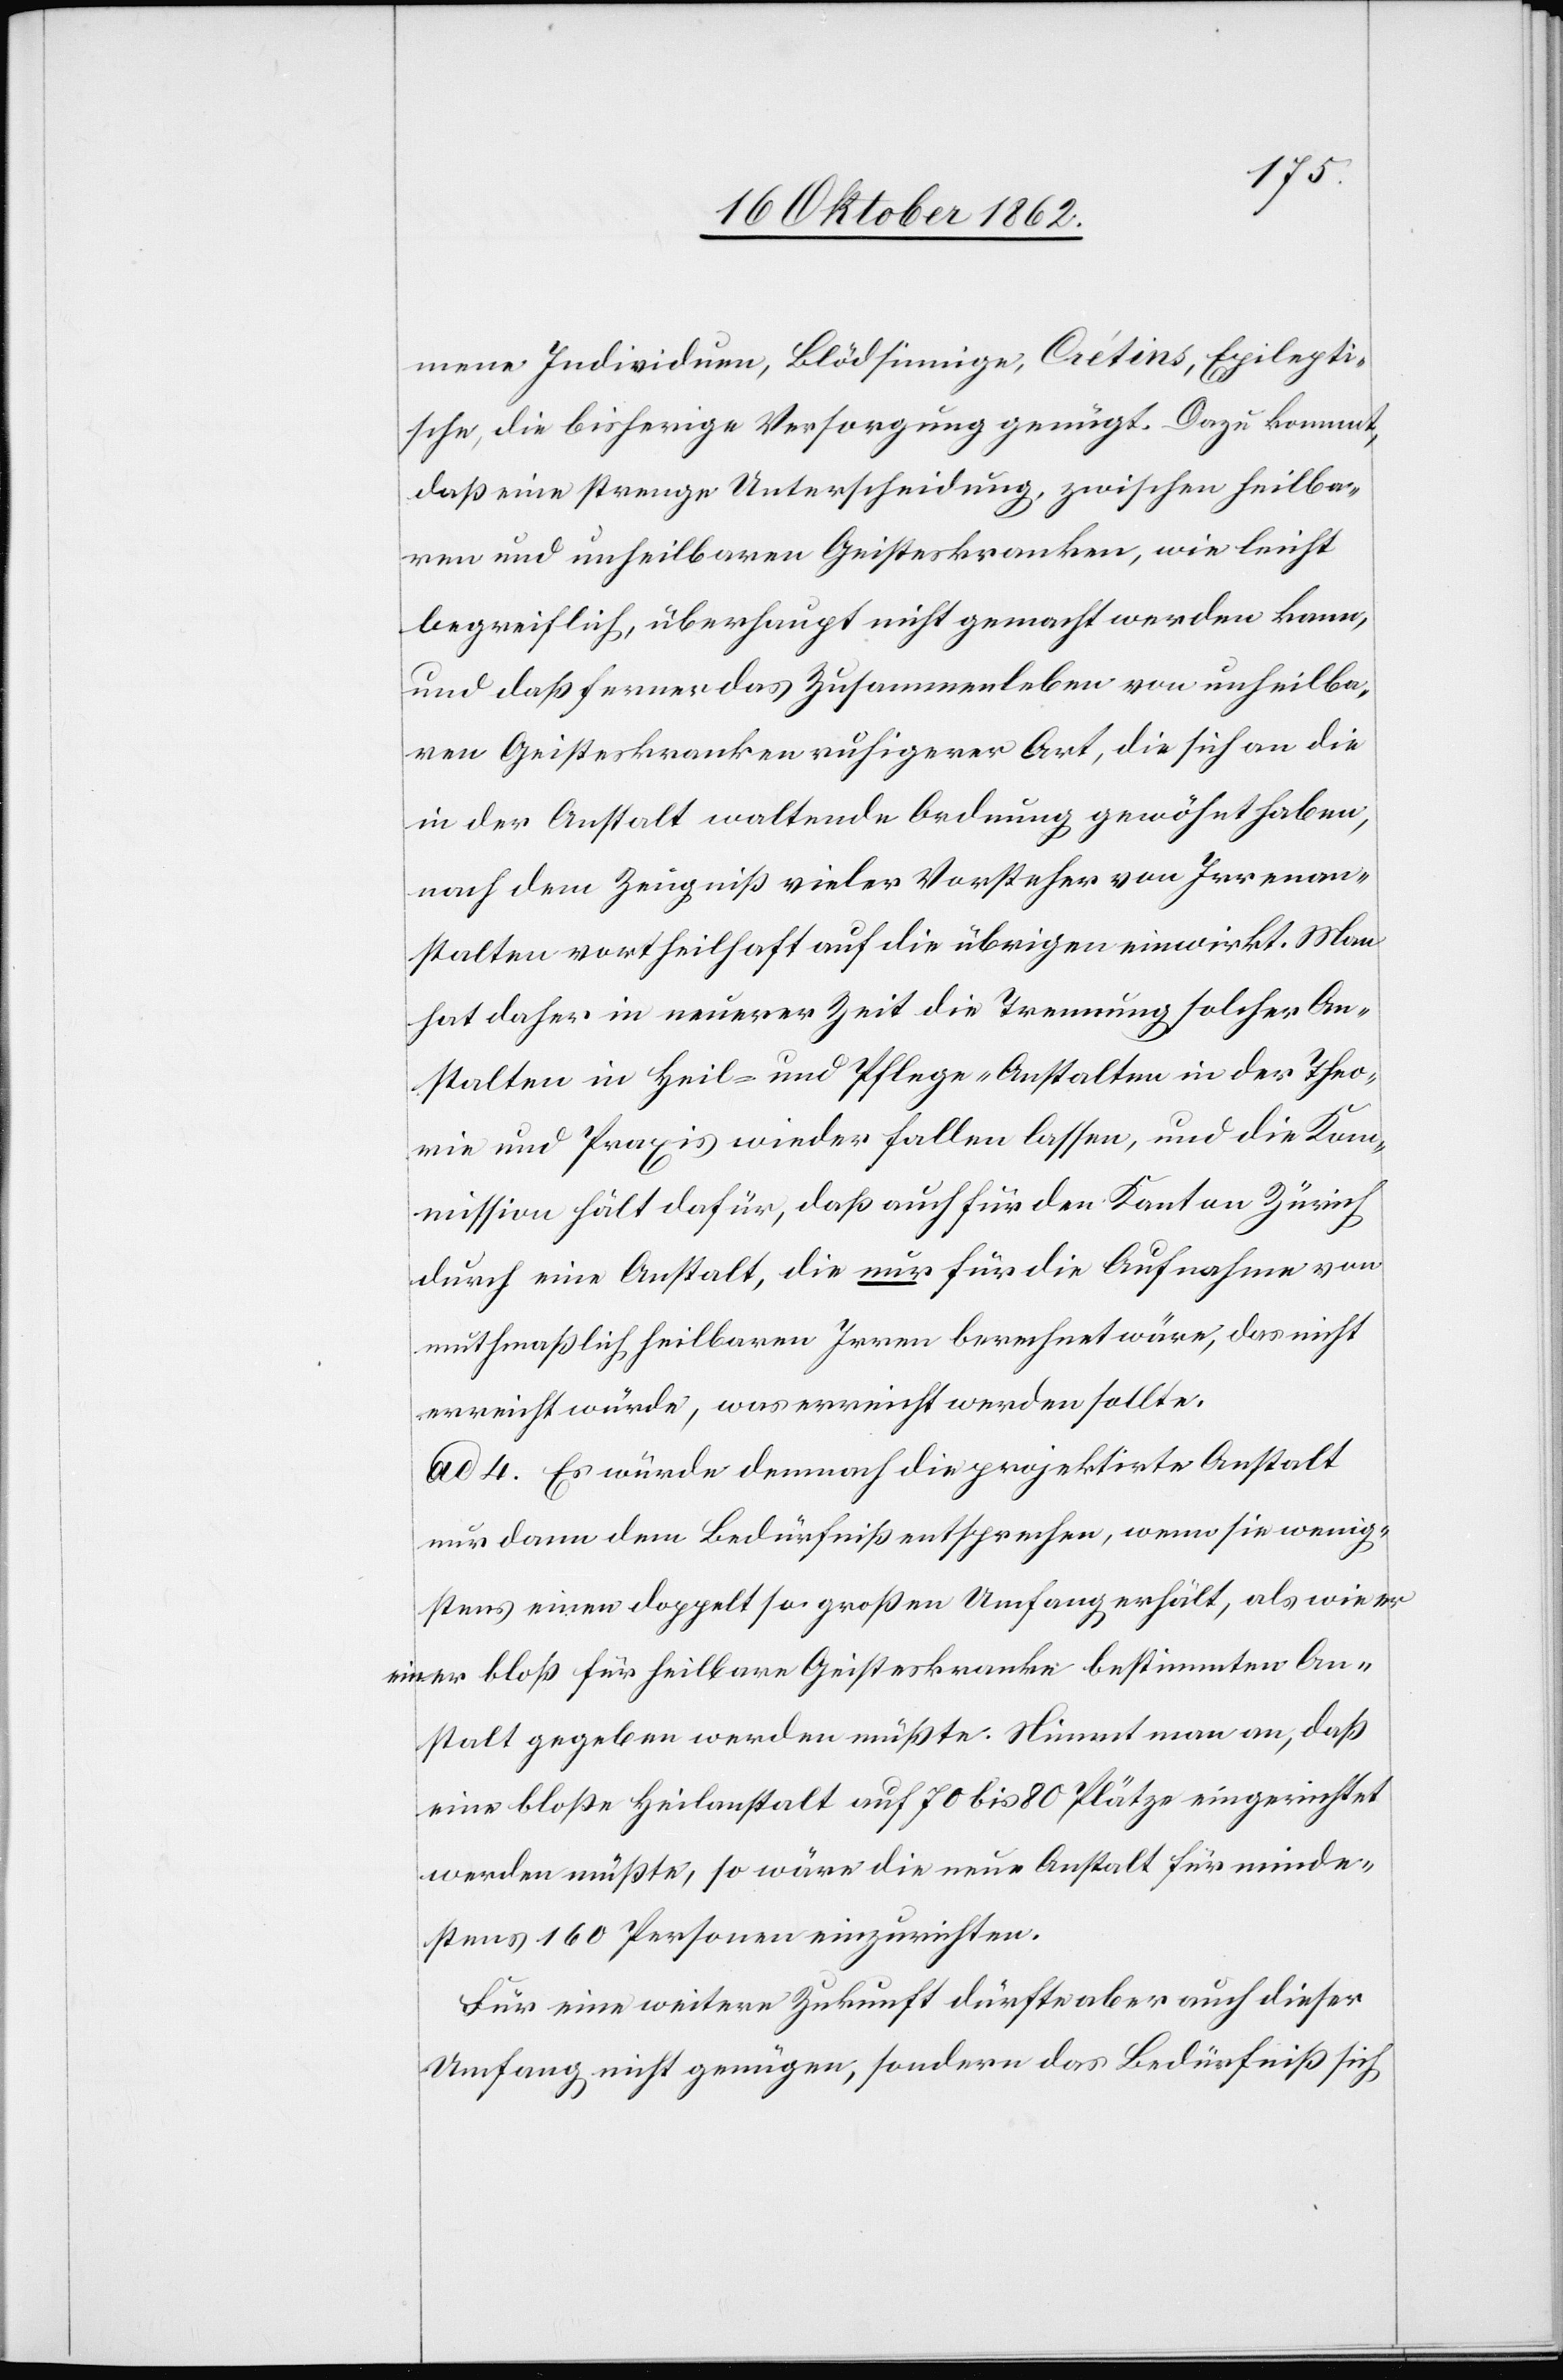
mene Individuen, Blödsinnige, Crétins, Epilepti¬
sche, die bisherige Versorgung genügt. Dazu kommt,
daß eine strenge Unterscheidung, zwischen heilba¬
ren und unheilbaren Geisteskranken, wie leicht
begreiflich, überhaupt nicht gemacht werden kann,
und daß ferner das Zusammenleben von unheilba¬
ren Geisteskranken ruhigerer Art, die sich an die
in der Anstalt waltende Ordnung gewöhnt haben,
nach dem Zeugniß vieler Vorsteher von Irrenan¬
stalten vortheilhaft auf die übrigen einwirkt. Man
hat daher in neuerer Zeit die Trennung solcher An¬
stalten in Heil- und Pflege-Anstalten in der Theo¬
rie und Praxis wieder fallen lassen, und die Ko¬
mmission hält dafür, daß auch für den Kanton Zürich
durch eine Anstalt, die nur für die Aufnahme von
muthmaßlich heilbaren Irren berechnet wäre, das nicht
erreicht würde, was erreicht werden sollte.
ad 4. Es würde demnach die projektirte Anstalt
nur dann dem Bedürfniß entsprechen, wenn sie wenig¬
stens einen doppelt so großen Umfang erhält, als wie er
einer bloß für heilbare Geisteskranke bestimmten An¬
stalt gegeben werden müßte. Nimmt man an, daß
eine bloße Heilanstalt auf 70 bis 80 Plätze eingerichtet
werden müßte, so wäre die neue Anstalt für minde¬
stens 160 Personen einzurichten.
Für eine weitere Zukunft dürfte aber auch dieser
Umfang nicht genügen, sondern das Bedürfniß sich